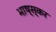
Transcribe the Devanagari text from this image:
भाष्स्कर